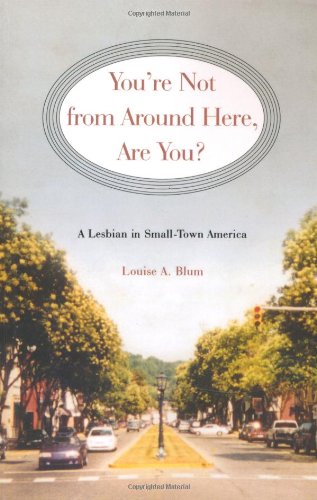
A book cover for You're Not from Around Here, Are You?: A Lesbian in Small-Town America (Living Out: Gay and Lesbian Autobiog); Louise A. Blum; Gay & Lesbian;